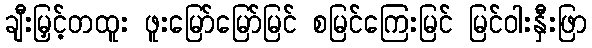
ချီးမြှင့်တထူး ဖူးမြော်မြော်မြင် စမြင်ကြေးမြင် မြင်ဝါးနှီးဖြာ